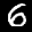
Label: 6